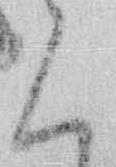
く